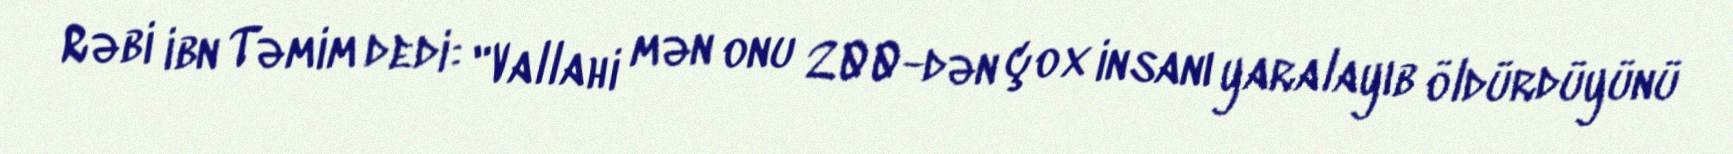
Rəbi ibn Təmim dedi: "Vallahi mən onu 200-dən çox insanı yaralayıb öldürdüyünü